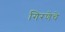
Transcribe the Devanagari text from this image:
गिरणेचे